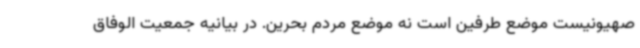
صهیونیست موضع طرفین است نه موضع مردم بحرین. در بیانیه جمعیت الوفاق